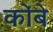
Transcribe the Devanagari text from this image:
कोंबे